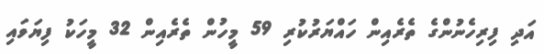
އަދި ފިރިހެނުންގެ ތެރެއިން ހައްޔަރުކުރި 59 މީހުން ތެރެއިން 32 މީހަކު ފިޔަވައި